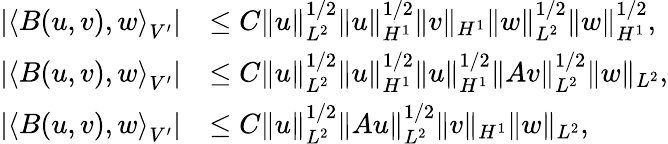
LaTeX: \begin{array}{rl}{|\left<B(u,v),w\right>_{V^{\prime}}|}&{\leq C\| u\| _{L^{2}}^{1/2}\| u\| _{H^{1}}^{1/2}\| v\| _{H^{1}}\| w\| _{L^{2}}^{1/2}\| w\| _{H^{1}}^{1/2},}\\ {|\left<B(u,v),w\right>_{V^{\prime}}|}&{\leq C\| u\| _{L^{2}}^{1/2}\| u\| _{H^{1}}^{1/2}\| u\| _{H^{1}}^{1/2}\| Av\| _{L^{2}}^{1/2}\| w\| _{L^{2}},}\\ {|\left<B(u,v),w\right>_{V^{\prime}}|}&{\leq C\| u\| _{L^{2}}^{1/2}\| Au\| _{L^{2}}^{1/2}\| v\| _{H^{1}}\| w\| _{L^{2}},}\end{array}